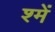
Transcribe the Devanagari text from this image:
श्में